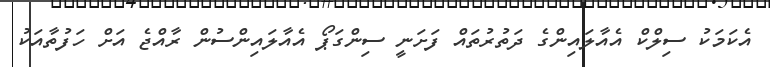
އެކަމަކު ސިލްކް އެއާލައިންގެ ދަތުރުތައް ފަށަނީ ސިންގަޕޯ އެއާލައިންސުން ރާއްޖެ އަށް ހަފުތާއަކު